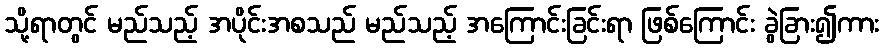
သို့ရာတွင် မည်သည့် အပိုင်းအစသည် မည်သည့် အကြောင်းခြင်းရာ ဖြစ်ကြောင်း ခွဲခြား၍ကား